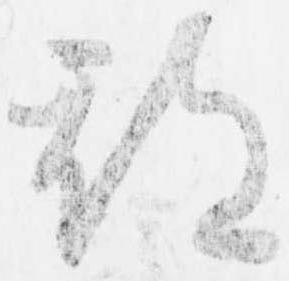
期